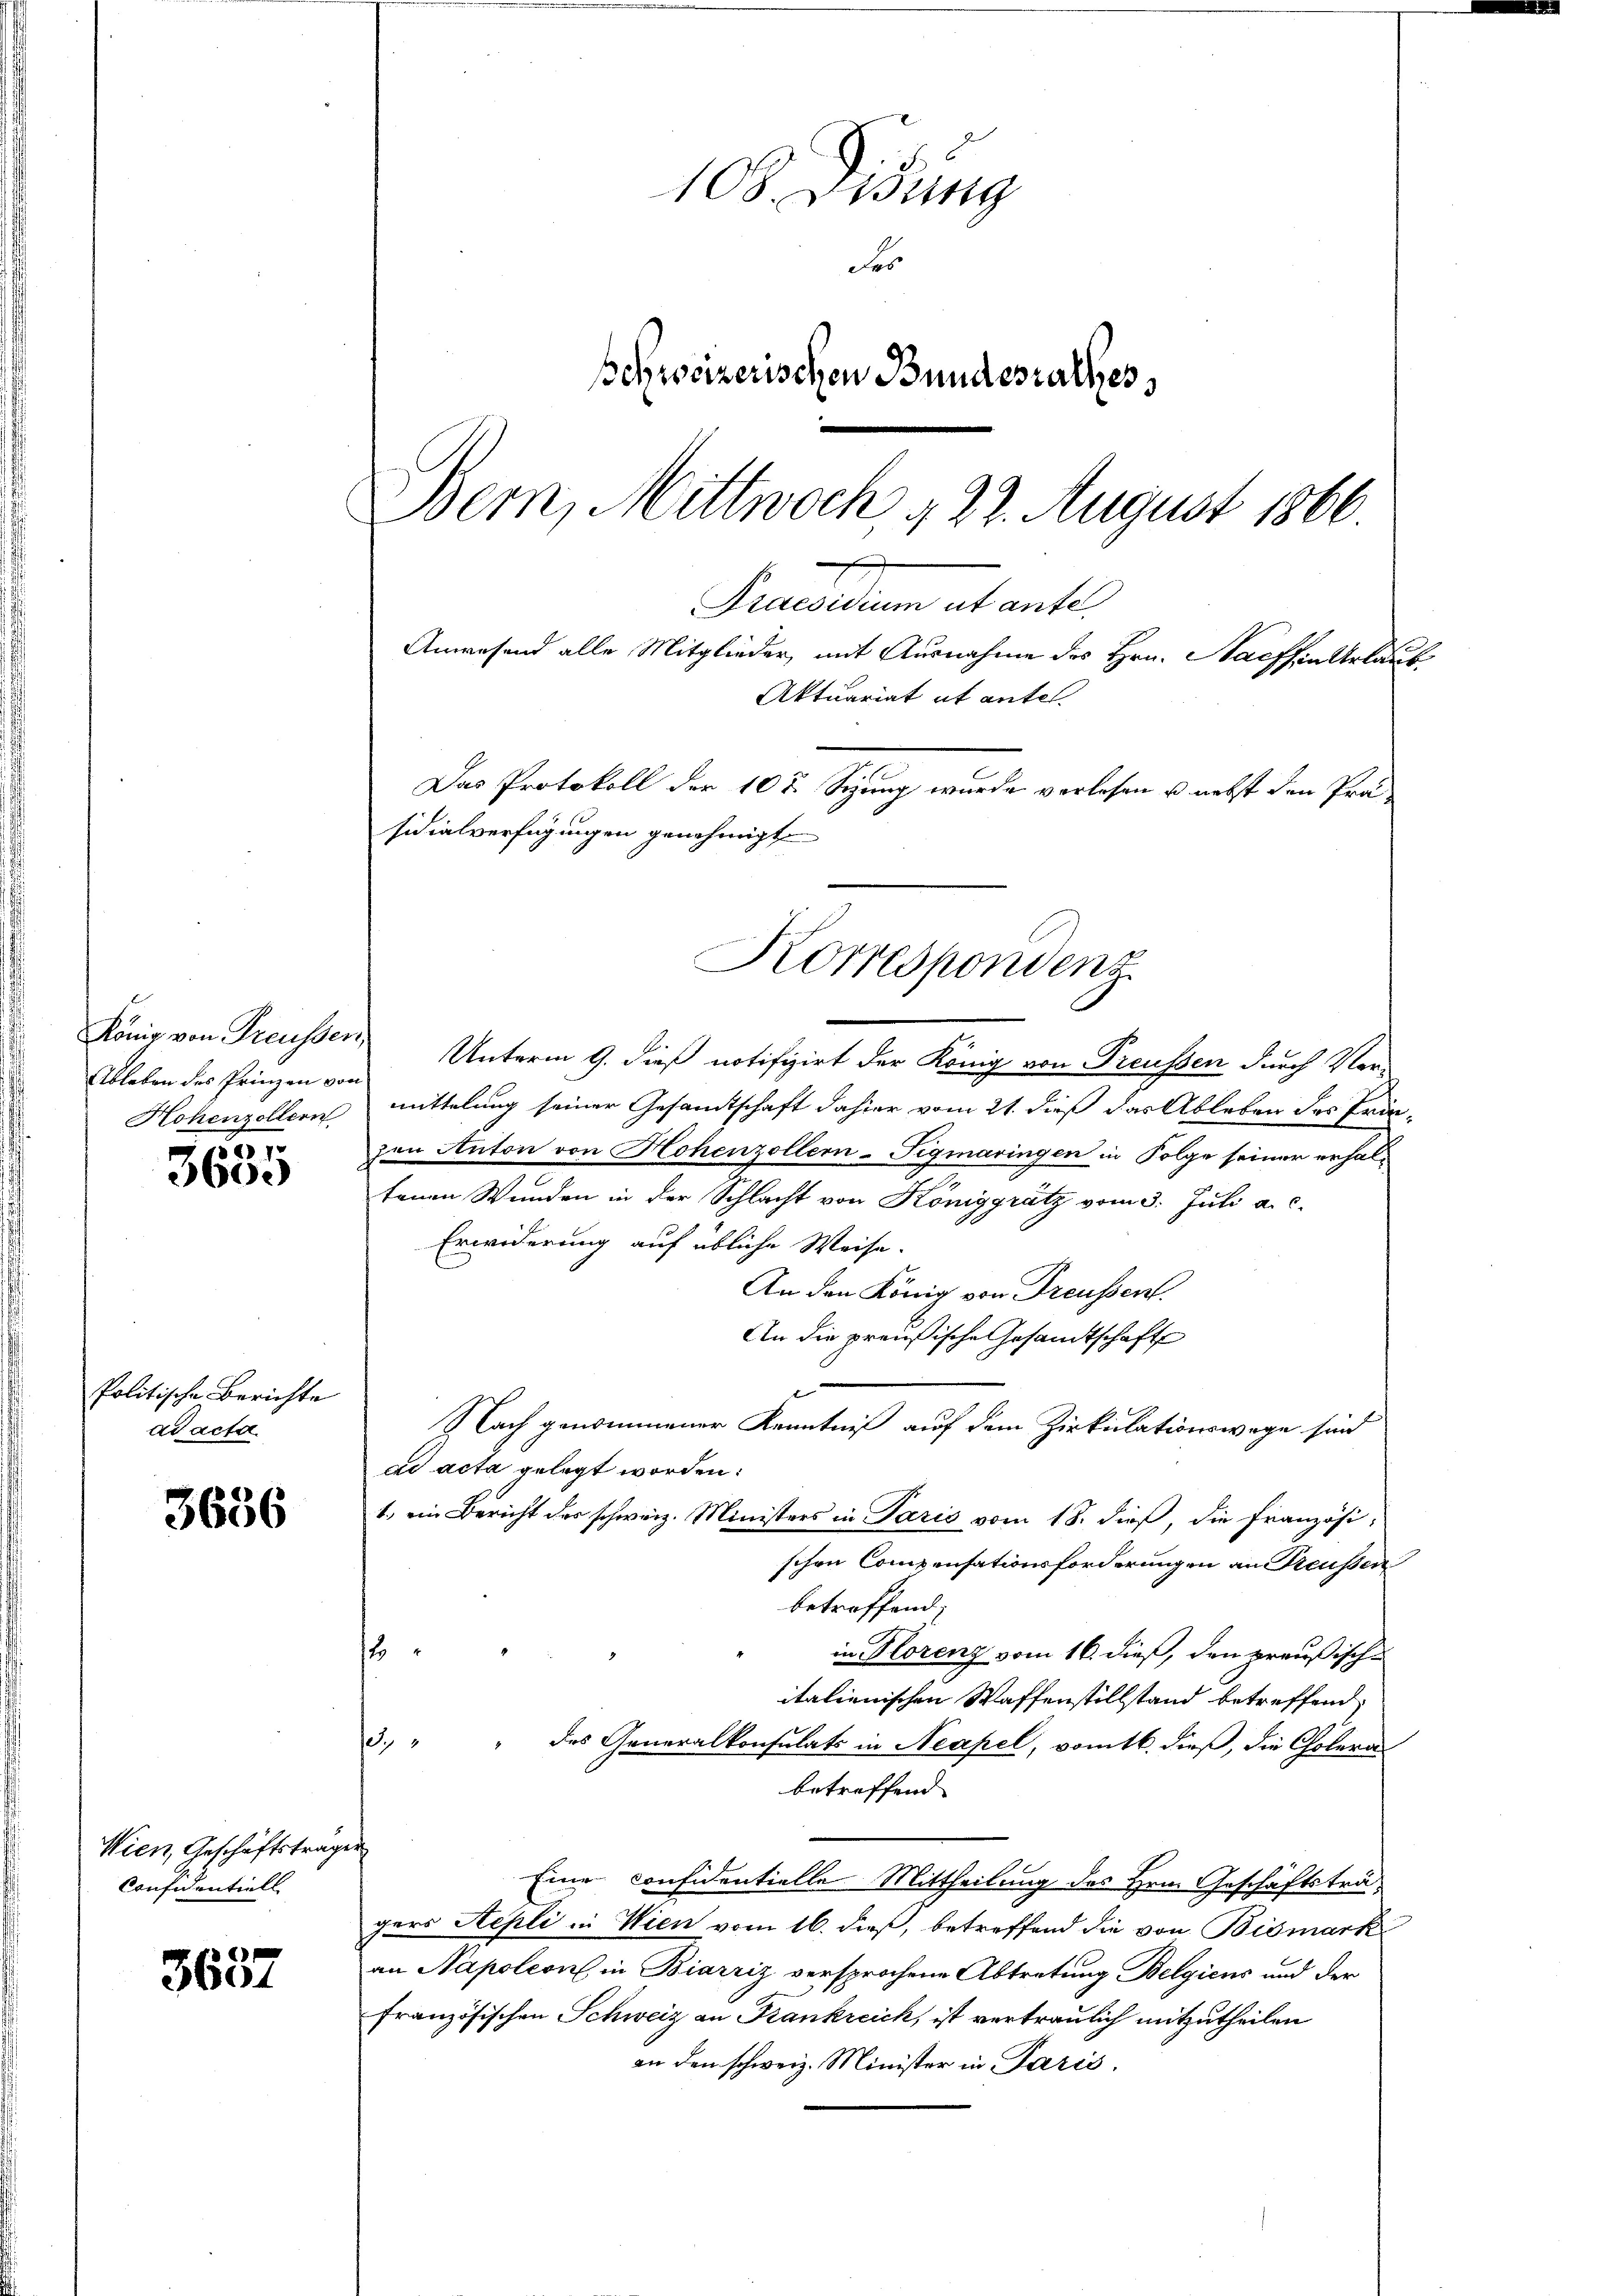
König von Freussen,
Ableben des Prinzen von
Hohenzollern

67
3600

Politische Berichte
ad acta.

3636

Wien, Geschäftsträger
Confidentiell.

3
360.

108. Disung
es
schweizerischen Bundesrathes
Bern, Mittwoch § 22. August 1866
Precarium actante
Anwesend alle Mitglieder, mit Ausnahme des Hrn. Nachsen Urlaub
Aktuariat et antel.
Das Protokoll der 10 t Sizung wurde verlesen u. nebst den Pro-
sidialverfügungen genehmigt.

Unterm 9. dieß notifizirt der König von Preussen durch Ver-
mittelung seiner Gesandtschaft dahier vom 21. dieß das Ableben des Prin-
zen Anton von Hohenzollern-Figmaringen in Folge seiner erhaltenen Wunden in der Schlacht von Königgrätz vom 3. Juli a. c.
Erwiderung auf übliche Weise.
An den König von Treussent.
An die preußische Gesandtschaft
Nach genommener Kenntniß auf dem Zirkulationswege sind
ad acta gelegt worden:
1. ein Bericht des schweiz. Ministers in Paris vom 18. dieß, die französi-
schon Compensationsforderungen an Preussen
betreffend,
4
in Florenz vom 16. dieß, den preußische
italienischen Waffenstillstand betreffend,
3. " " des Generalkonsulats in Neapel, vomtl. dieß, die Choleras
betreffend
Eine considentielle Mittheilung des Hrn. Geschäftsträgers Repli in Wien vom 16. dieß, betreffend die von Bismark
an Napoleon in Biarziz versprochene Abtretung Belgiens und der
französischen Schweiz an Krankreich, ist vertraulich mitzutheilen
an den schweiz. Minister in Paris.

Korrespondenz